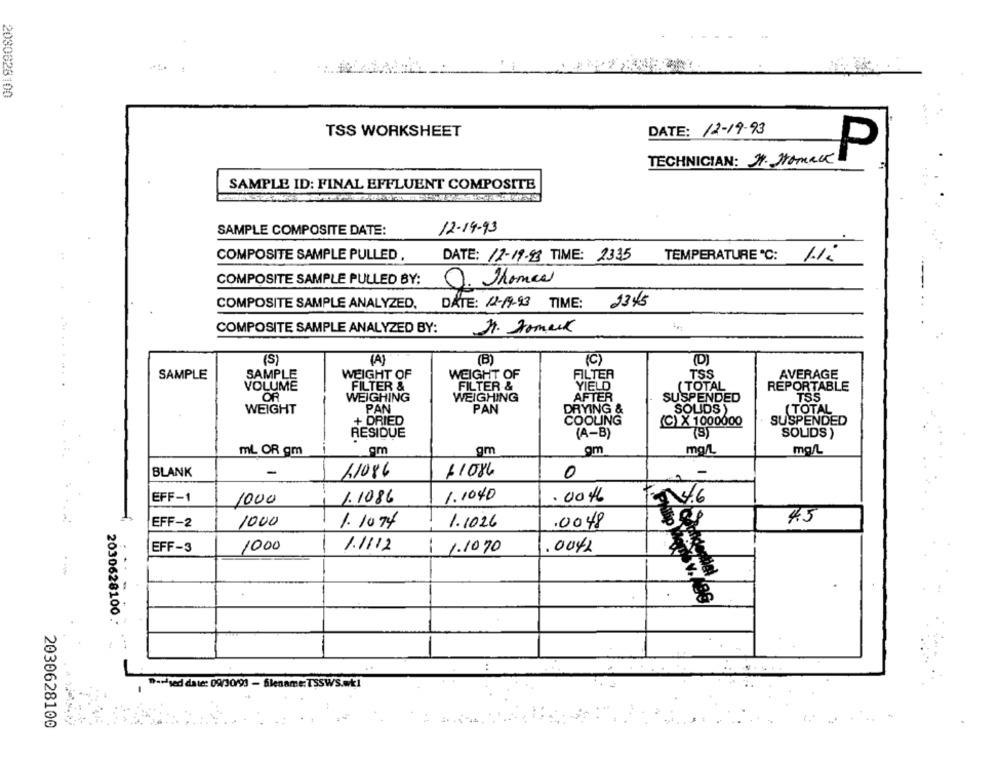
2080628100
DATE: 12-19-93
TSS WORKSHEET
TECHNICIAN: 21. Homack
P
SAMPLE ID: FINAL EFFLUENT COMPOSITE
SAMPLE COMPOSITE DATE:
12-14-93
COMPOSITE SAMPLE PULLED ,
DATE: 12-19-93 TIME: 2335
TEMPERATURE ºC: 1.12
COMPOSITE SAMPLE PULLED BY:
Q. Thomas
COMPOSITE SAMPLE ANALYZED, DATE: 12-19-23 TIME: 2345
COMPOSITE SAMPLE ANALYZED BY:
21. Domark
(S)
(B)
(C)
(D)
WEIGHT OF
FILTER
TSS
AVERAGE
SAMPLE
SAMPLE
WEIGHT OF
VOLUME
FILTER &
FILTER &
YIELD
(TOTAL
REPORTABLE
OF
WEIGHING
AFTER
TSS
WEIGHING
SUSPENDED
WEIGHT
PAN
PAN
DRYING &
SOLIDS )
(TOTAL
+ DRIED
COOLING
(C) X 1000000
SUSPENDED
RESIDUE
(A-B)
(S)
SOLIDS )
om
mL OR gm
gm
gm
mg/L
mg/L
BLANK
11086
11086
-
0
EFF-1
1000
1.1086
1.1040
.00 4
ton 4.6
4.5
EFF-2
1000
1. 1074
1.1026
.0048
EFF-3
1000
1.1112
1.1070
.0042
--
.
.
2030628100 .*
..
L
Parsed date: 09/30/93 - filename: TSSWS.wk1
2030628100